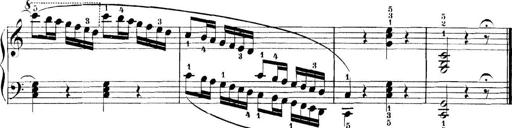
Title: 11 Sonatinas
Composer: Anton Diabelli